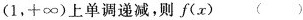
(1，+∞)上单调递减，则f(x)（）